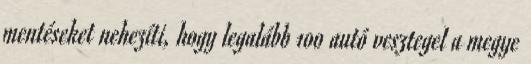
mentéseket nehezíti, hogy legalább 100 autó vesztegel a megye